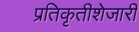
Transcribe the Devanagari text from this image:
प्रतिकृतीशेजारी